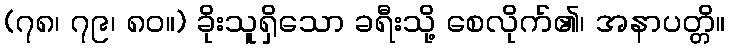
(၇၈၊ ၇၉၊ ၈၀။) ခိုးသူရှိသော ခရီးသို့ စေလိုက်၏၊ အနာပတ္တိ။